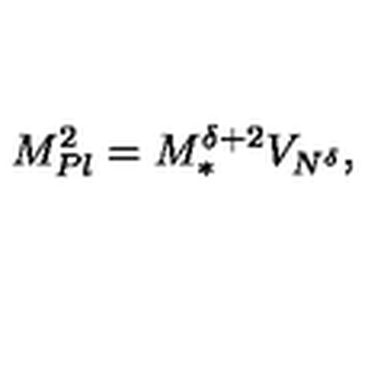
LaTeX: M _ { P l } ^ { 2 } = M _ { \ast } ^ { \delta + 2 } V _ { N ^ { \delta } } ,